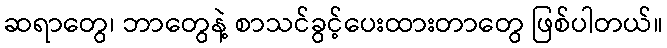
ဆရာတွေ၊ ဘာတွေနဲ့ စာသင်ခွင့်ပေးထားတာတွေ ဖြစ်ပါတယ်။